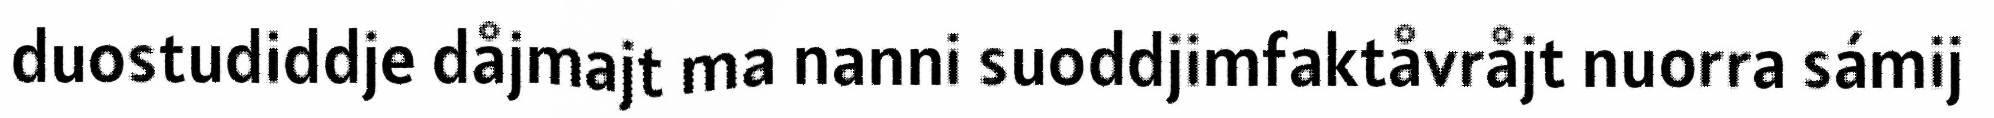
duostudiddje dåjmajt ma nanni suoddjimfaktåvråjt nuorra sámij